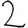
Digit: 2